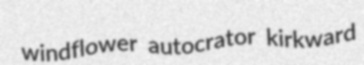
windflower autocrator kirkward